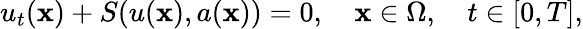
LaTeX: u_{t}(\mathbf{x})+S(u(\mathbf{x}),a(\mathbf{x}))=0,\quad\mathbf{x}\in\Omega,\quad t\in[0,T],